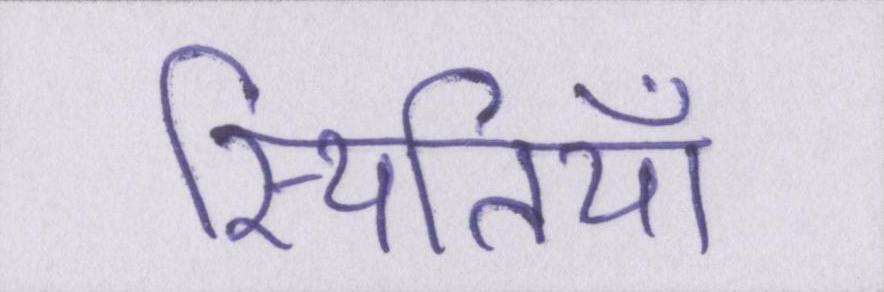
स्थितियाँ